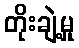
တိုးချဲ့မှု